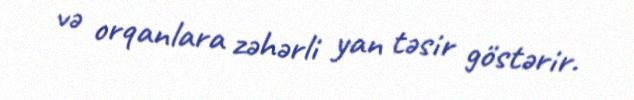
və orqanlara zəhərli yan təsir göstərir.